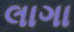
લાગા